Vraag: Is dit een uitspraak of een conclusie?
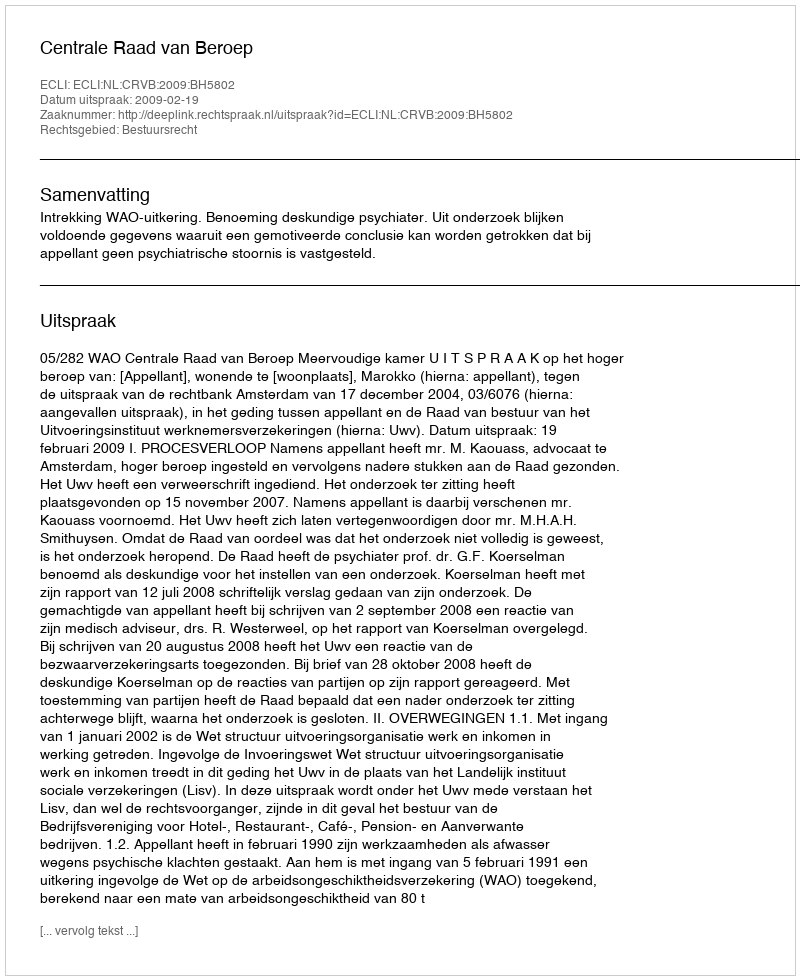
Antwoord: Uitspraak